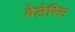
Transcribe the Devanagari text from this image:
वेलेरिस